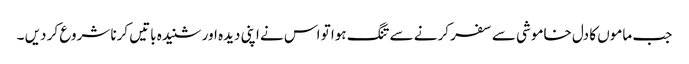
جب ماموں کا دل خاموشی سے سفر کرنے سے تنگ ہوا تو اس نے اپنی دیدہ اور شنیدہ باتیں کرنا شروع کر دیں ۔